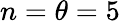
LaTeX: n=\theta=5